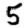
Digit: 5